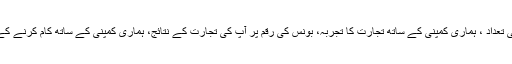
5.2 آپ کے ویلکم اکاؤنٹ کی تعداد ، ہماری کمپنی کے ساتھ تجارت کا تجربہ، بونس کی رقم پر آپ کی تجارت کے نتائج، ہماری کمپنی کے ساتھ کام کرنے کے بارے میں آپ کے خیالات۔